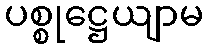
ပစ္စုဋ္ဌေယျာမ